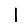
Digit: 1